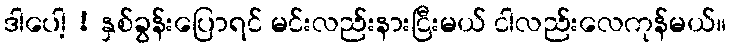
ဒါပေါ့ ! နှစ်ခွန်းပြောရင် မင်းလည်းနားငြီးမယ် ငါလည်းလေကုန်မယ်။